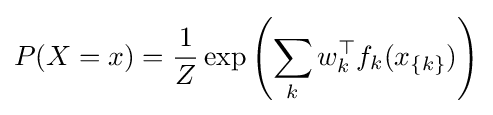
P(X=x)={\frac {1}{Z}}\exp \left(\sum _{k}w_{k}^{\top }f_{k}(x_{\{k\}})\right)